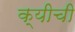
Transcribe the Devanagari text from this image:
क्यीची